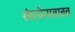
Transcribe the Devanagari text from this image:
संवर्धनाबाबत